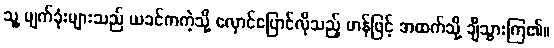
သူ့ မျက်ခုံးများသည် ယခင်ကကဲ့သို့ လှောင်ပြောင်လိုသည့် ဟန်ဖြင့် အထက်သို့ ချီသွားကြ၏။